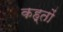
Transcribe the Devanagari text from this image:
कह्तों